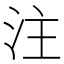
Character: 注